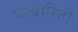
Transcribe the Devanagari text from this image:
पाचारिती